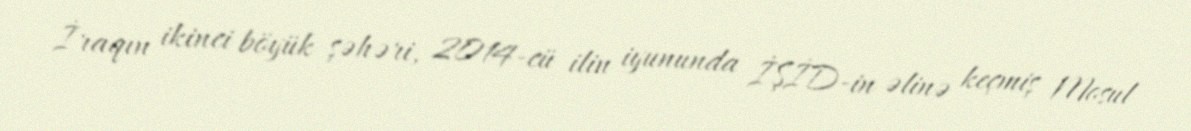
İraqın ikinci böyük şəhəri, 2014-cü ilin iyununda İŞİD-in əlinə keçmiş Mosul